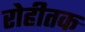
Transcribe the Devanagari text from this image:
रोहीतक